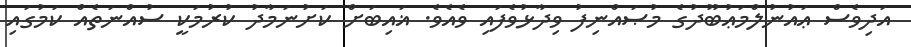
އަދިވެސް ޢައުނުލްމަޢުބޫދުގެ މުޞައްނިފު ވިދާޅުވެފައި ވެއެވެ. ޣައިބަށް ކަށުނަމާދު ކުރުމަކީ ސުއްނަތެއް ކަމުގައި